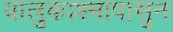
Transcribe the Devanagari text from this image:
वालुकाश्मापासुन